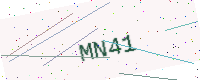
Text: MN41